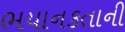
ભયાનકતાની